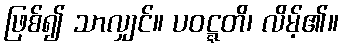
ဖြစ်၍ သာလျှင်။ ပဝဋ္ဋတိ၊ လိမ့်၏။